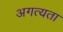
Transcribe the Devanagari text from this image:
अगत्यता